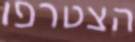
הצטרפו